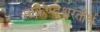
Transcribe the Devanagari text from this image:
मार्कण्डेश्वरतीर्थ